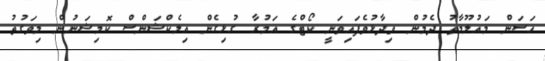
ހަސަން މައުލޫމާތު ދެމުން ވިދާޅުވެފައިވަނީ ކޯޓްގެ އަމުރާ ގުޅިގެން އިލެކްޝަންސް ކޮމިޝަނުން މިވަގުތު